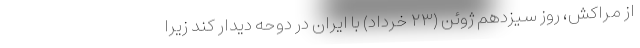
از مراکش، روز سیزدهم ژوئن (۲۳ خرداد) با ایران در دوحه دیدار کند زیرا